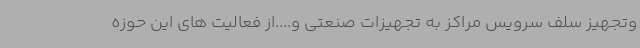
وتجهیز سلف سرویس مراکز به تجهیزات صنعتی و....از فعالیت های این حوزه